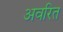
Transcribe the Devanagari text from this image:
अवरित